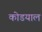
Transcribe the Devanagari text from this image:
कोडयाल